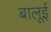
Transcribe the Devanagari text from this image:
बालूई